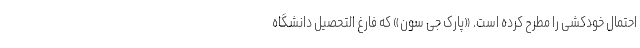
احتمال خودکشی را مطرح کرده است. «پارک جی سون» که فارغ التحصیل دانشگاه